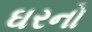
ઘરનો